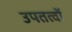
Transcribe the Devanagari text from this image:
उपतत्वों